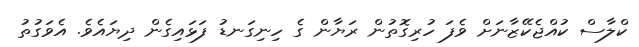
ކްލާސް ކުއްޖެކޭޒާނަށް ވެފަ ހުރިގޮތުން ރަޔާން ގެ ހިނިގަނޑު ފަޅައިގެން ދިޔައެވެ. އެވަގުތު